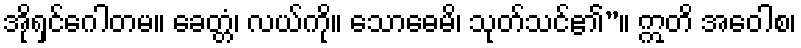
အိုရှင်ဂေါတမ။ ခေတ္တံ၊ လယ်ကို။ သောဓေမိ၊ သုတ်သင်၏”။ ဣတိ အဝေါစ၊